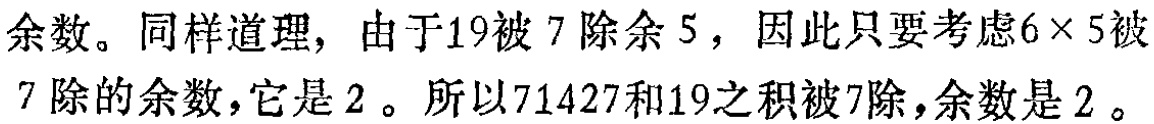
余数。同样道理，由于19被7除余5，因此只要考虑$6\times 5$被7除的余数，它是2 。所以71427和19之积被7除，余数是2 。